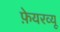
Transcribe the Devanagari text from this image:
फ़ेयरव्यू